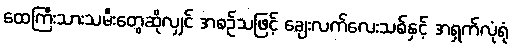
ထေကြီးသားသမီးတွေဆိုလျှင် အစဉ်သဖြင့် ချေးလက်လေးသစ်နှင့် အရှက်လုံရုံ